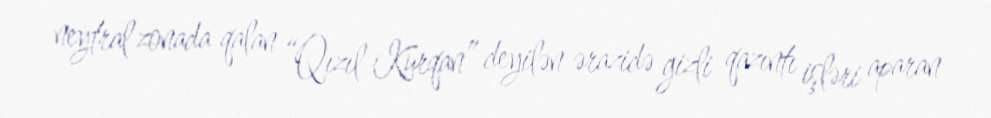
neytral zonada qalan “Qızıl Kurqan” deyilən ərazidə gizli qazıntı işləri aparan